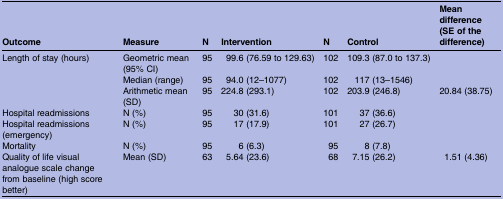
| Outcome | Measure | N | Intervention | N | Control | Mean difference (SE of the difference) |
 | --- | --- | --- | --- | --- | --- | --- |
 | <ROWSPAN=3> Length of stay (hours) | Geometric mean (95% CI) | 95 | 99.6 (76.59 to 129.63) | 102 | 109.3 (87.0 to 137.3) |  |
 | Median (range) | 95 | 94.0 (12–1077) | 102 | 117 (13–1546) |  |
 | Arithmetic mean (SD) | 95 | 224.8 (293.1) | 102 | 203.9 (246.8) | 20.84 (38.75) |
 | Hospital readmissions | N (%) | 95 | 30 (31.6) | 101 | 37 (36.6) |  |
 | Hospital readmissions (emergency) | N (%) | 95 | 17 (17.9) | 101 | 27 (26.7) |  |
 | Mortality | N (%) | 95 | 6 (6.3) | 95 | 8 (7.8) |  |
 | Quality of life visual analogue scale change from baseline (high score better) | Mean (SD) | 63 | 5.64 (23.6) | 68 | 7.15 (26.2) | 1.51 (4.36) |